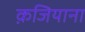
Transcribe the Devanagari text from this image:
क़जियाना